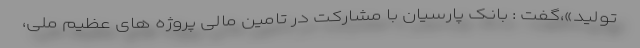
تولید»،گفت : بانک پارسیان با مشارکت در تامین مالی پروژه های عظیم ملی،